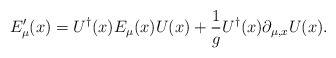
\begin{align*}E_{\mu}'(x) =U^{\dag}(x) E_{\mu}(x)U(x) +\frac{1}{g}U^{\dag}(x)\partial_{\mu,x}U(x). \end{align*}